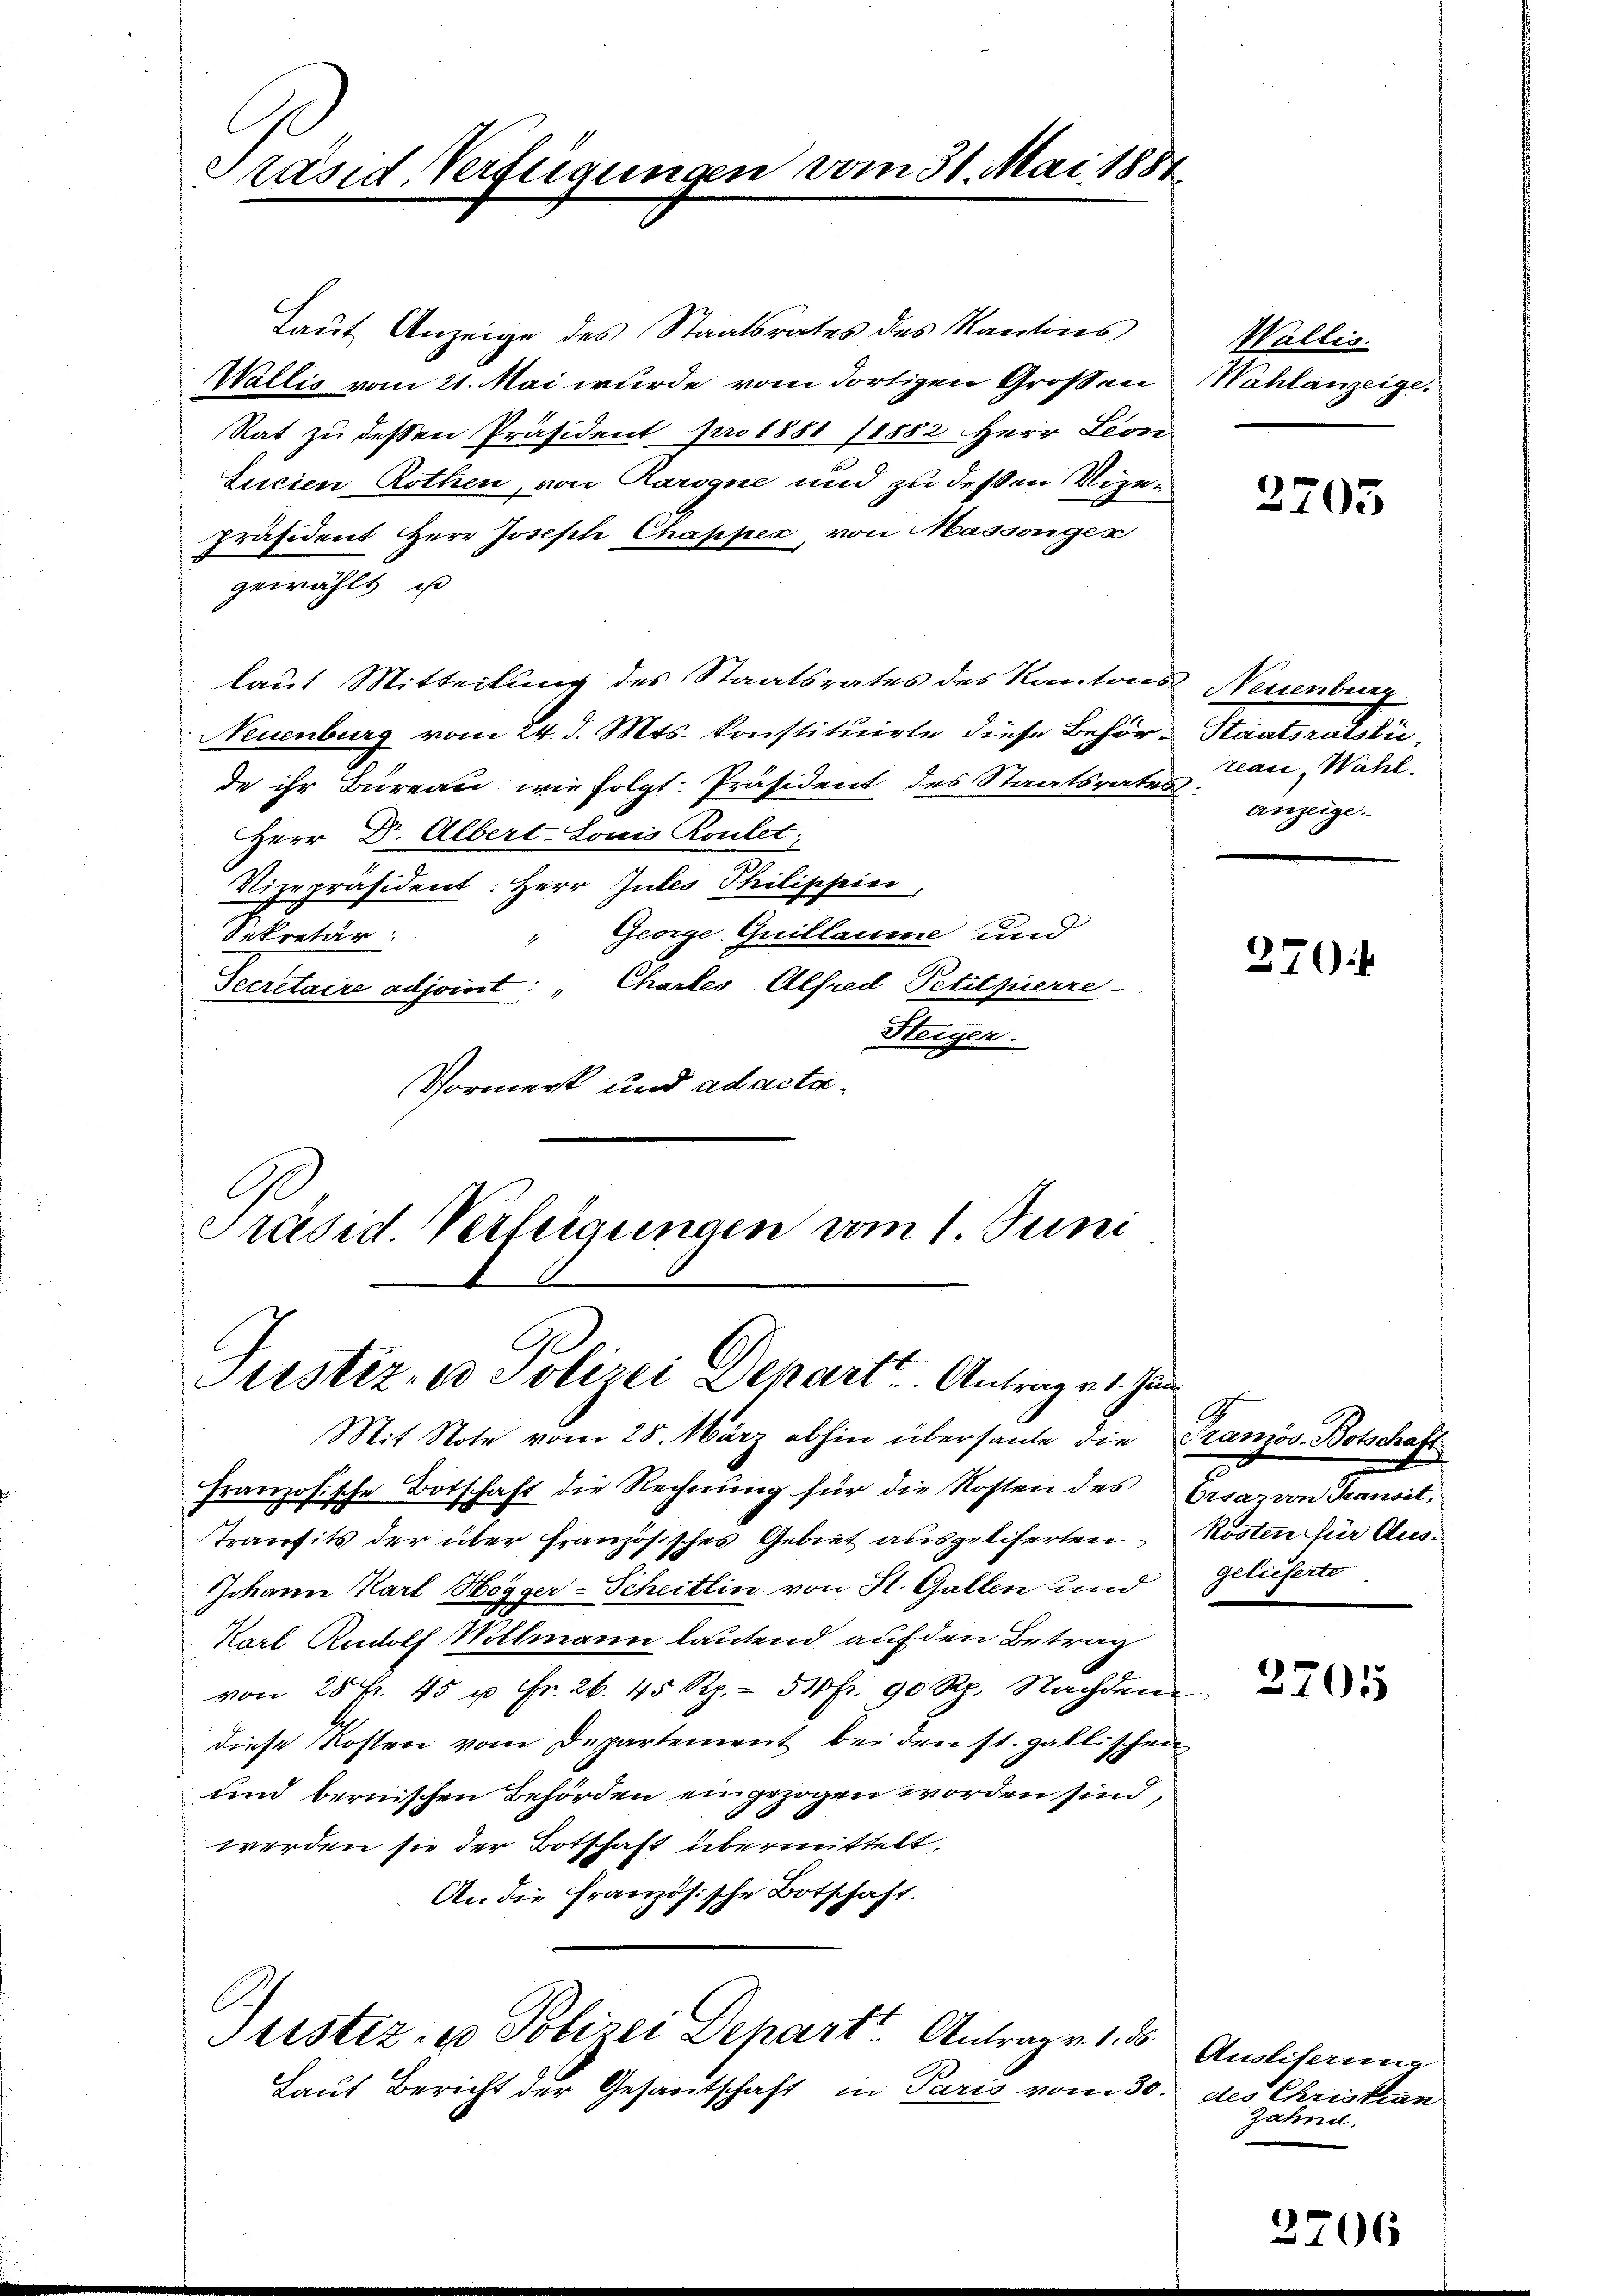
Laut Anzeige des Staatsrates des Kantins
Wallis vom 21. Mai wurde vom dortigen Grossen
Rat zu dessen Präsident pro 1881 /1882 Herr Leon
Lucien Rothen, von Rarogne und zu deßen Vize¬
Präsident Herr Joseph Chappes, von Massengen
gewählt, ist
laut Mitteilung des Staatsrates des Kantons Neuenburg
Neuenburg vom 24. d. Mts. konstituirte diese Behör-Staatsratsbeide ihr Büreau wie folgt: Präsident des Staatsrates:
Herr Dr. Albert-Souis Roulet;
Vizepräsident: Herr Gutes Philischein
George. Guillaume und
Sekretär:
Secretaire adjoint: „Chartes-Alfred Petitpierre
Steiger.
Vormerk und ad acta¬

Präsid. Verfügungen vom 31. Mai 1884.

Präsid. Verleigungen vom 1 Juni
Prustiz- & Polizei Departe Antrag v. 1. Jun

Justiz- u Polizei Depart Antragen 1. ds

Laut Bericht der Gesantschaft in Paris vom 30.

Mit Note vom 28. März abhin überhaute die
französische Botschaft die Rechnung für die Kosten des Erdar von Transit¬
Transits der über französisches Gebiet ausgeliferten Kosten für Aus¬
Johann Karl Hogger-Scheitlin von St. Gallen und
Karl Rudolf Woltmann lautend auf den Betrag
von 28 f. 45 u Fr. 26. 45 Rp. 54 fr. 90 Rp. Nachdem
diese Kosten vom Departement bei den st. gallischen
und bernischen Behörden eingezogen worden sind,
werden sie der Botschaft übermittelt.
An die Französische Botschaft.

Wallis.
Wahlanzeige.

3705

reaii, Wahl.
anzeige.

270:

G
Französ-Botschaft
gelieferte.

3705

Ausliferung
des Christian
Zahnel.

2706